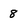
Character: 8